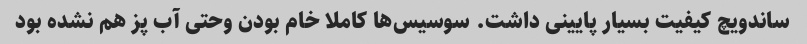
ساندویچ کیفیت بسیار پایینی داشت. سوسیس‌ها کاملا خام بودن وحتی آب پز هم نشده بود